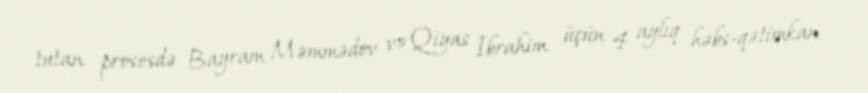
tutan prosesdə Bayram Məmmədov və Qiyas İbrahim üçün 4 aylıq həbs-qətimkan